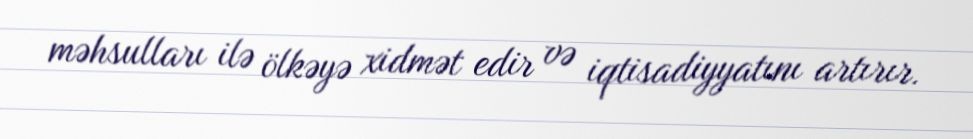
məhsulları ilə ölkəyə xidmət edir və iqtisadiyyatını artırır.